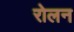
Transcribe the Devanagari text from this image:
रोलन